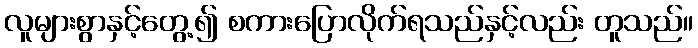
လူများစွာနှင့်တွေ့၍ စကားပြောလိုက်ရသည်နှင့်လည်း တူသည်။